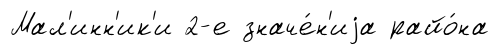
Мал'инн'ик'и 2-е значе́н'иjа райо́на